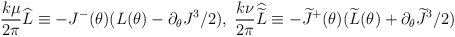
\begin{align*}\frac{k\mu}{2\pi}\widehat{L} \equiv-J^-(\theta)(L(\theta)-\partial_{\theta} J^3/2 ), \; \frac{k\nu}{2\pi}\widehat{\widetilde{L}} \equiv-\widetilde{J}^+(\theta)(\widetilde{L}(\theta)+\partial_{\theta}\widetilde{J}^3/2 ) \end{align*}